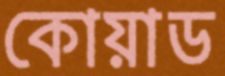
কোয়াড